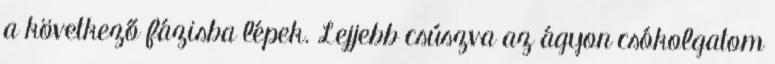
a következő fázisba lépek. Lejjebb csúszva az ágyon csókolgatom